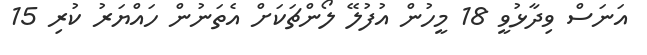
އަނަސް ވިދާޅުވީ 18 މީހުން އުފުލޭ ލޯންޗަކަށް އެތަނުން ހައްޔަރު ކުރި 15